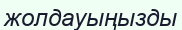
жолдауыңызды